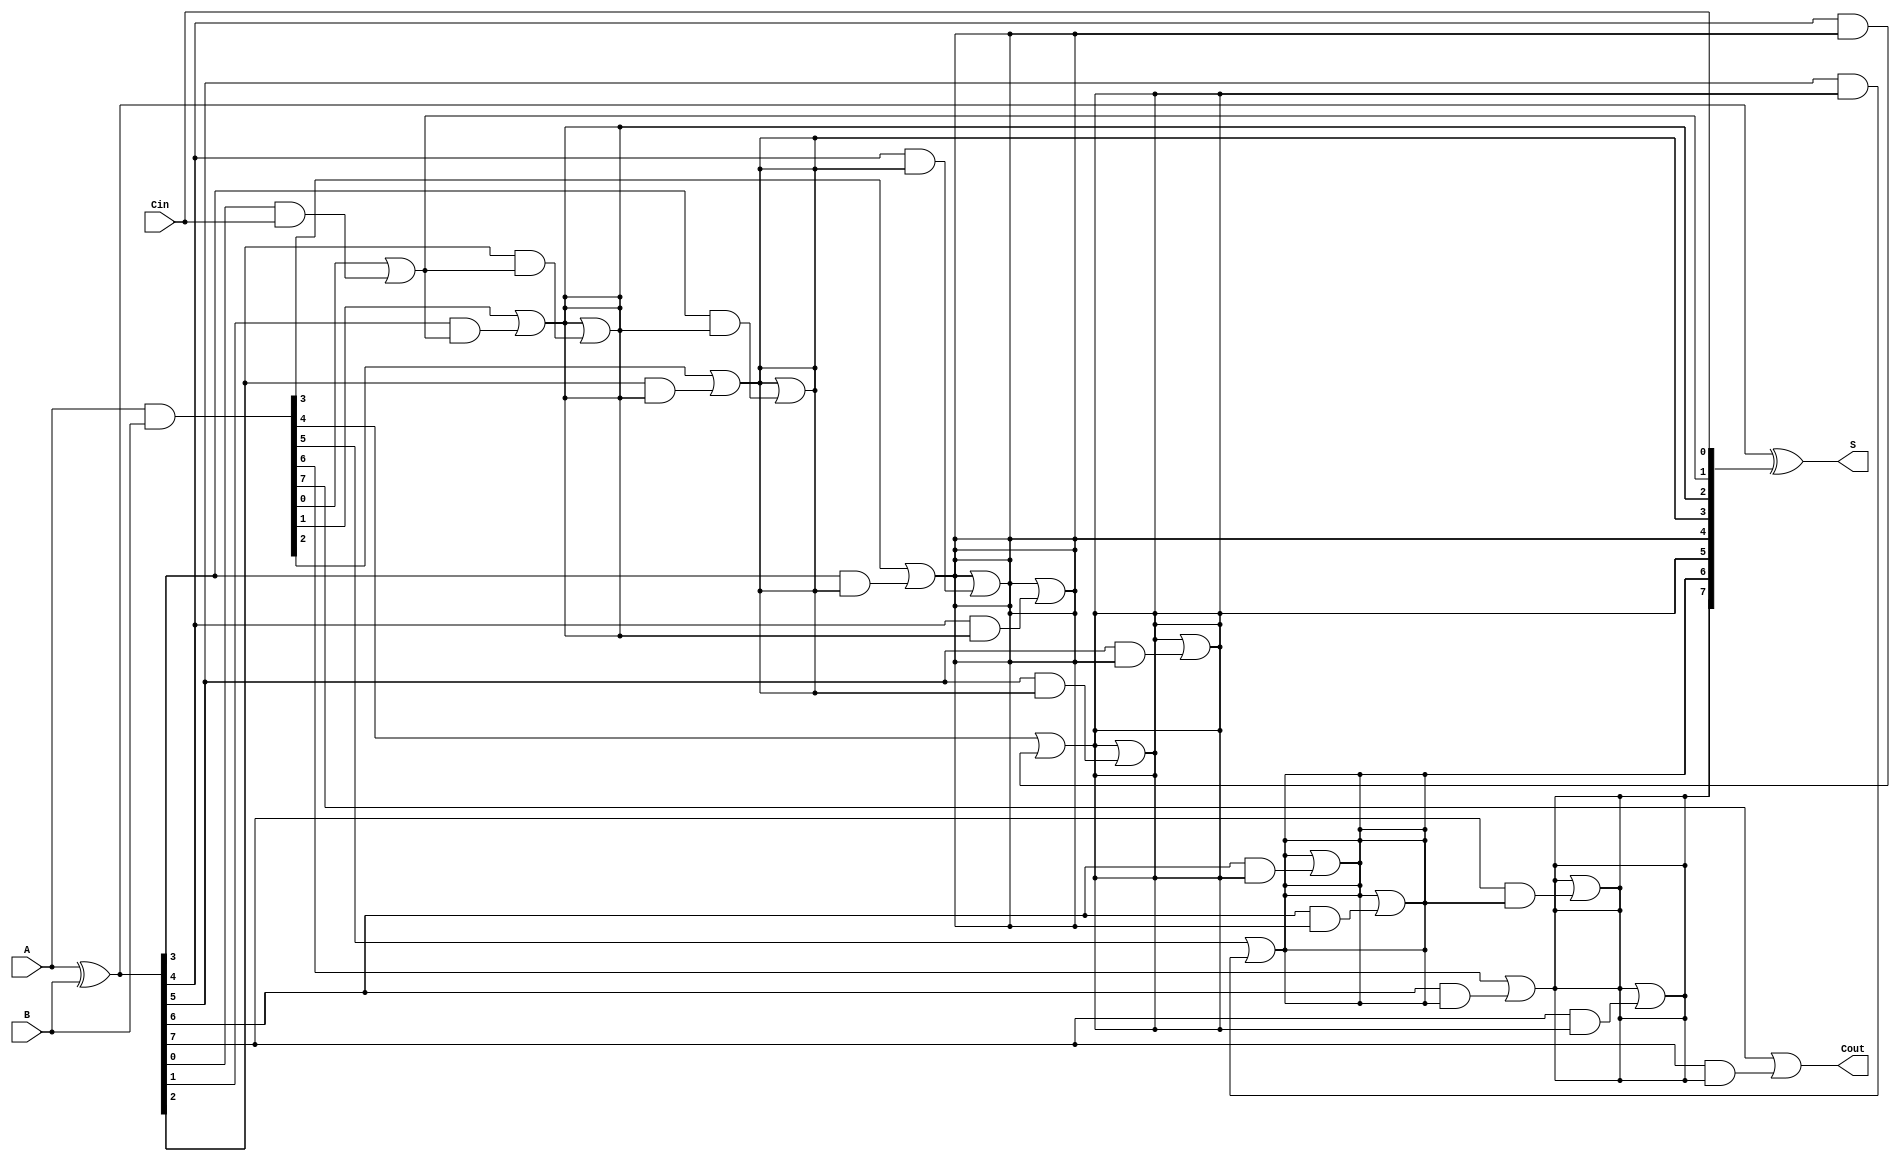
module KoggeStoneAdder #(parameter n = 8) (
    input  [n-1:0] A,
    input  [n-1:0] B,
    input          Cin,
    output [n-1:0] S,
    output         Cout
);

    // Generate and Propagate signals
    wire [n-1:0] G; // Generate signals
    wire [n-1:0] P; // Propagate signals
    
    assign G = A & B;        // G[i] = A[i] AND B[i]
    assign P = A ^ B;        // P[i] = A[i] XOR B[i]
    
    // Carry wires
    wire [n:0] C; // C[i] = carry out for bit i, C[0] = Cin
    assign C[0] = Cin;         // First carry input
    
    // Carry generation using the Kogge-Stone prefix network
    genvar i, j, k;
    
    // Level 0 - Direct G and P assignments
    for (i = 0; i < n; i = i + 1) begin
        assign C[i+1] = G[i] | (P[i] & C[i]);
    end

    // Generating carries using Kogge-Stone algorithm
    for (j = 1; j <= $clog2(n); j = j + 1) begin
        for (i = 0; i < n; i = i + 1) begin
            if (i >= (1 << j)) begin
                assign C[i] = C[i] | (P[i] & C[i - (1 << (j-1))]);
            end
        end
    end
    
    // Sum calculation
    assign S = P ^ C[n-1:0]; // S[i] = P[i] XOR C[i]

    // Carry-out signal
    assign Cout = C[n];

endmodule